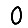
Digit: 0